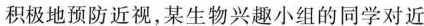
积极地预防近视，某生物兴趣小组的同学对近